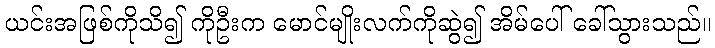
ယင်းအဖြစ်ကိုသိ၍ ကိုဦးက မောင်မျိုးလက်ကိုဆွဲ၍ အိမ်ပေါ် ခေါ်သွားသည်။